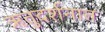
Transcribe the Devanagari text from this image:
ऋतुदर्शनात